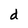
Character: d